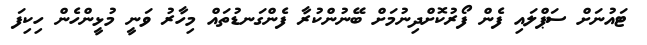
ޓައުނަށް ސަޕްލައި ފެން ފޯރުކޮށްދިނުމަށް ބޭނުންކުރާ ފެންގަނޑުތައް މިހާރު ވަނީ މުޅީންހެން ހިކިފަ